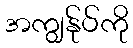
အကျွန်ုပ်ကို